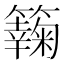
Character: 𥶶